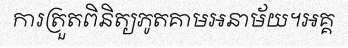
ការត្រួតពិនិត្យភូតគាមអនាម័យ។អគ្គ